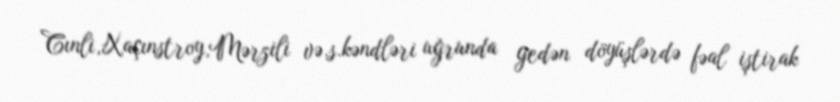
Cınli,Xaçınstroy,Mərzili və.s.kəndləri uğrunda gedən döyüşlərdə fəal iştirak